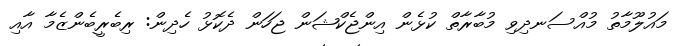
މައުލޫމާތު މުއްސަނދިވި މުބާރާތް ކުޅެން އިންޖެކްޝަން ޖަހަން ދެކޮޅު ހެދިން: ރިބެރީބެންޒެމާ އާއި